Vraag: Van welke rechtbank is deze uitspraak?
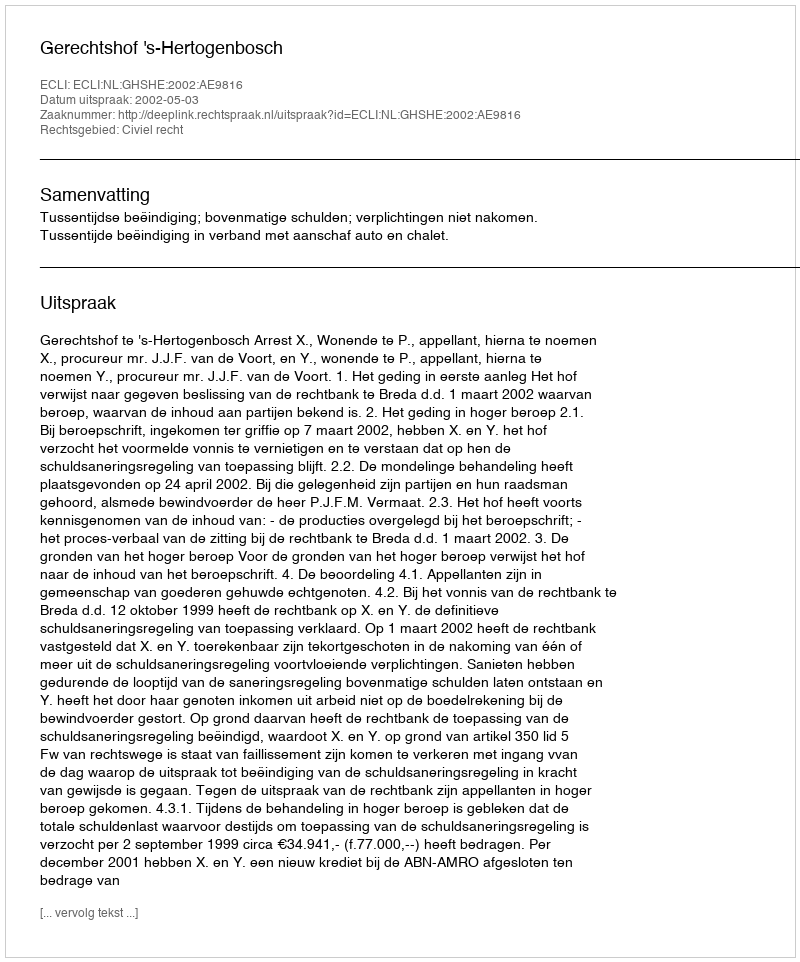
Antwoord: Gerechtshof 's-Hertogenbosch